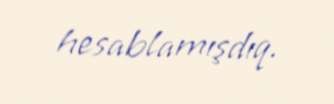
hesablamışdıq.